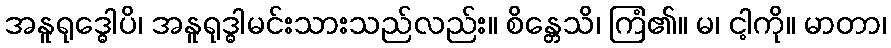
အနူရုဒ္ဓေါပိ၊ အနူရုဒ္ဓါမင်းသားသည်လည်း။ စိန္တေသိ၊ ကြံ၏။ မ၊ ငါ့ကို။ မာတာ၊